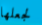
لجعلها